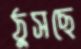
ঠুসছে